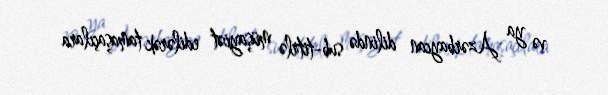
və ya Azərbaycan dilində sub-titrlə müşayiət edilərək tamaşaçılara